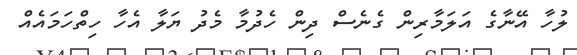
ލުހާ އޭނާގެ އަލަމާރިން ގެނެސް ދިން ހެދުމާ މެދު ޔަލާ އެހާ ހިތްހަމައެއް